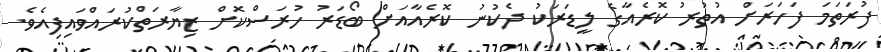
ފުރަތަމަ ފަހަރަށް އުތުރު ކޮރެއާގެ ލީޑަރަކު ދެކުނު ކޮރެއާއަށް ބޯޑަރު ހުރަސްކޮށް ޒިޔާރަތްކުރައްވައިފިއެވެ.